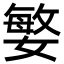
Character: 𭒘